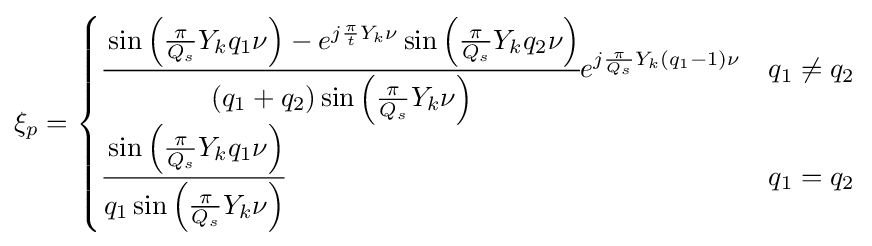
\xi _{p}={\begin{cases}{\cfrac {\sin \left({\frac {\pi }{Q_{s}}}Y_{k}q_{1}\nu \right)-e^{j{\frac {\pi }{t}}Y_{k}\nu }\sin \left({\frac {\pi }{Q_{s}}}Y_{k}q_{2}\nu \right)}{\left(q_{1}+q_{2}\right)\sin \left({\frac {\pi }{Q_{s}}}Y_{k}\nu \right)}}e^{j{\frac {\pi }{Q_{s}}}Y_{k}\left(q_{1}-1\right)\nu }&q_{1}\neq q_{2}\\{\cfrac {\sin \left({\frac {\pi }{Q_{s}}}Y_{k}q_{1}\nu \right)}{q_{1}\sin \left({\frac {\pi }{Q_{s}}}Y_{k}\nu \right)}}&q_{1}=q_{2}\\\end{cases}}